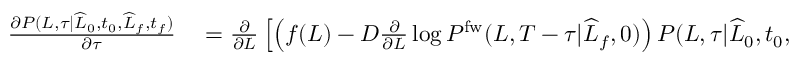
\begin{array} { r l } { \frac { \partial P ( L , \tau | \widehat { L } _ { 0 } , t _ { 0 } , \widehat { L } _ { f } , t _ { f } ) } { \partial \tau } } & { { } = \frac { \partial } { \partial L } \left[ \left( f ( L ) - D \frac { \partial } { \partial L } \log P ^ { \mathrm { f w } } ( L , T - \tau | \widehat { L } _ { f } , 0 ) \right) P ( L , \tau | \widehat { L } _ { 0 } , t _ { 0 } , \widehat { L } _ { f } , t _ { f } ) \right] } \end{array}